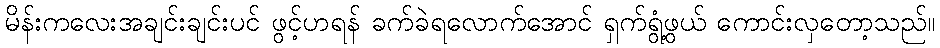
မိန်းကလေးအချင်းချင်းပင် ဖွင့်ဟရန် ခက်ခဲရလောက်အောင် ရှက်ရွံ့ဖွယ် ကောင်းလှတော့သည်။